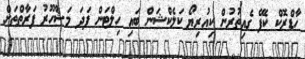
ހާޑްރޮކް ކެފޭ ގެއިތުރުން ކިއުރިޔޯ ކަލެކްޝަން ބައި ހިލްޓަން ފަދަ މަޝްހޫރު ފަރާތްތަށް